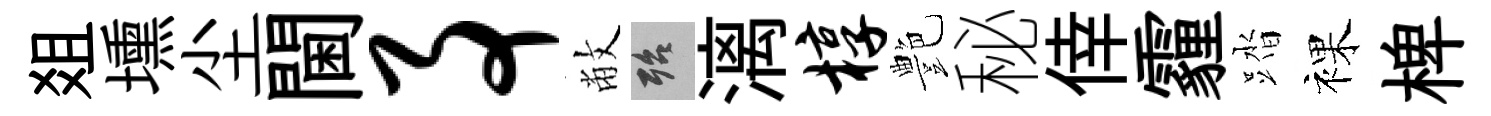
爼壎尘閫事敝殆漓椁艶秘倖霾踏裸椑